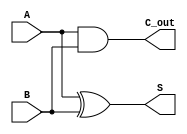
module CarryLookaheadHalfAdder (
    input wire A,      // First operand
    input wire B,      // Second operand
    output wire S,     // Sum output
    output wire C_out  // Carry-out output
);

// Internal signals for generate and propagate
wire G; // Generate signal
wire P; // Propagate signal

// Generate signal: G = A * B
assign G = A & B;

// Propagate signal: P = A ^ B
assign P = A ^ B;

// Sum calculation: S = A ^ B
assign S = P;

// Carry-out calculation: C_out = G
assign C_out = G;

endmodule